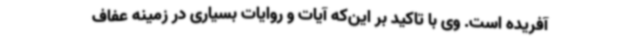
آفریده است. وی با تاکید بر این‌که آیات و روایات بسیاری در زمینه عفاف